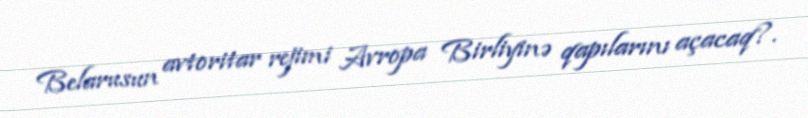
Belarusun avtoritar rejimi Avropa Birliyinə qapılarını açacaq?.